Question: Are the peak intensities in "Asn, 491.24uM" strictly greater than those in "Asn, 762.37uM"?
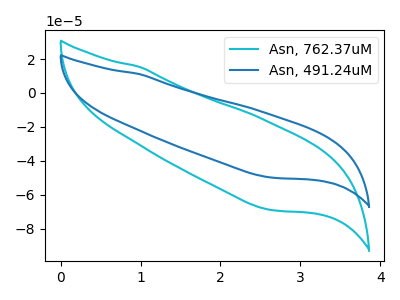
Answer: <think>The cyan curve "Asn, 762.37uM" has no peaks. The blue curve "Asn, 491.24uM" has no peaks.</think>
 <answer>Niether CV has any peaks.</answer>
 <eval>blanks</eval>